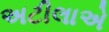
અટીલાએ